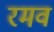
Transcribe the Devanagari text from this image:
रमव